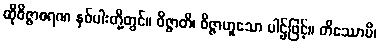
ထိုဝိဇ္ဇာစရဏ နှစ်ပါးတို့တွင်။ ဝိဇ္ဇာတိ၊ ဝိဇ္ဇာဟူသော ပါဌ်ဖြင့်။ တိဿောပိ၊